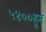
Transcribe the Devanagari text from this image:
५४००हून